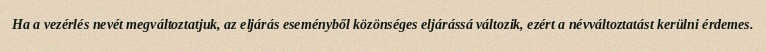
Ha a vezérlés nevét megváltoztatjuk, az eljárás eseményből közönséges eljárássá változik, ezért a névváltoztatást kerülni érdemes.